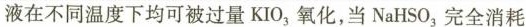
液在不同温度下均可被过量 KIO_{3}氧化,当NaHSO_{3}完全消耗